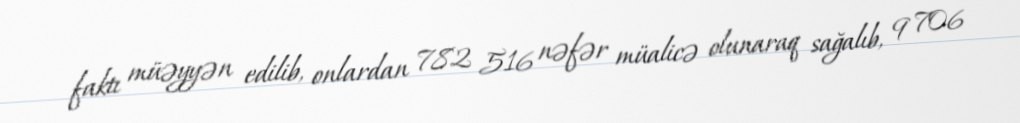
faktı müəyyən edilib, onlardan 782 516 nəfər müalicə olunaraq sağalıb, 9 706